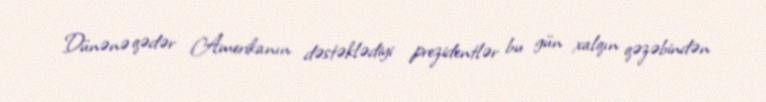
Dünənə qədər Amerikanın dəstəklədiyi prezidentlər bu gün xalqın qəzəbindən